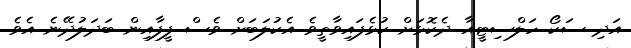
އަދި ސަކޯ ހަލްސިޓީއާ ދެކޮޅަށް ކުޅެފައިވާތީވެ އެކުލަބަށް ވެސް ފީފާއިން ބަދަލުދޭނެ އެވެ.